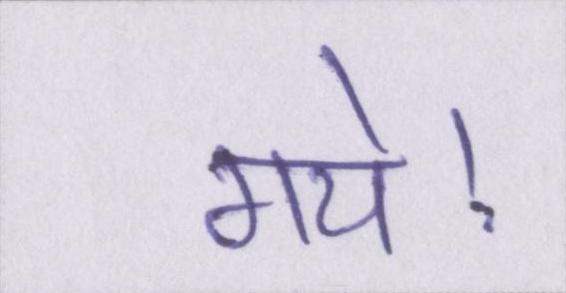
गये।